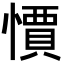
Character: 𭞼